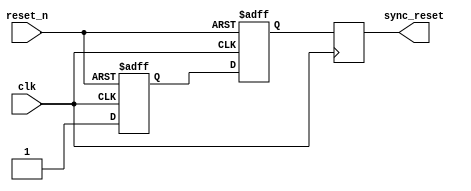
module async_reset_synchronizer (
    input wire reset_n,  // Active low asynchronous reset
    input wire clk,      // Clock signal
    output reg sync_reset // Synchronized reset signal
);

// Internal flip-flop registers for synchronization
reg ff1, ff2;

// Always block for the synchronous reset logic
always @(posedge clk or negedge reset_n) begin
    if (!reset_n) begin
        // If reset_n is asserted, reset the flip-flops
        ff1 <= 1'b0; // Active low reset, so set to low
        ff2 <= 1'b0; // Ensure both flip-flops are driven low
    end else begin
        // Synchronize the reset signal
        ff1 <= 1'b1; // On the next clock cycle, set ff1 high
        ff2 <= ff1;  // Pass ff1 to ff2
    end
end

// Assign sync_reset to the output of flip-flop 2
always @(posedge clk) begin
    sync_reset <= ff2; // sync_reset follows ff2
end

endmodule